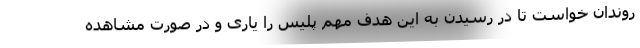
روندان خواست تا در رسیدن به این هدف مهم پلیس را یاری و در صورت مشاهده